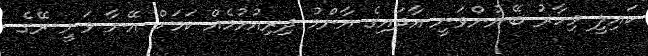
ކައިލީ މިހާރު ބޭނުންވަނީ އާދައިގެ އާންމު ދިރިއުޅުމެއް ކަމަށް އޭނާ ވަނީ ރޭގެ